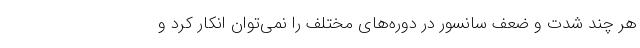
هر چند شدت و ضعف سانسور در دوره‌های مختلف را نمی‌توان انکار کرد و